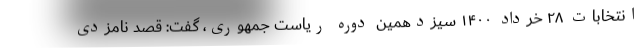
انتخابات ۲۸ خرداد ۱۴۰۰ سیزدهمین دوره ریاست جمهوری، گفت: قصد نامزدی